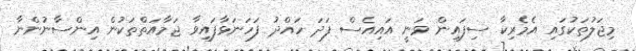
މިޖަލުތަކުގައި އެމެރިކާ ސިފައިން ވަނީ އައިއެސް ފަދަ ހައްދު ފަހަނަޅާފައިވާ ޖަމާއަތްތަކުން އިންސާނުންނާ